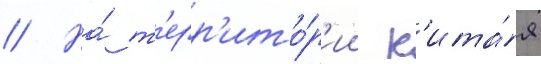
// На́ т'ерр'ито́р'ии к'ита́я